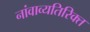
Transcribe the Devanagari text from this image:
नांवाव्यतिरिक्त